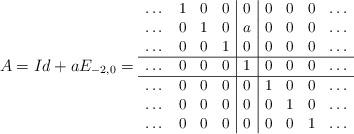
LaTeX: \begin{align*} A= Id+aE_{-2,0}=\small{\begin{array}{rrrr|c|rrrc}\dots &1& 0& 0 &0 & 0 & 0& 0&\dots \\ \dots &0 &1 & 0 & a& 0 & 0 & 0 &\dots \\ \dots &0 &0&1 & 0 & 0 & 0 & 0 &\dots \\\hline \dots &0&0&0& 1&0 &0& 0 & \dots\\ \hline\dots &0 &0&0 &0&1&0&0 &\dots \\\dots &0 &0 &0 &0&0&1&0&\dots\\\dots &0 & 0 &0 &0&0&0&1&\dots \\\end{array}}\end{align*}